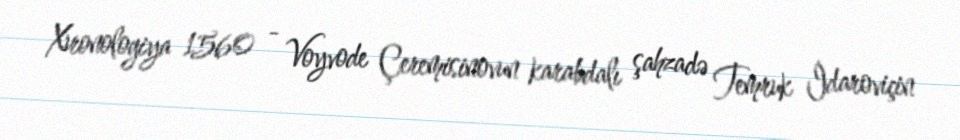
Xronologiya 1560 - Voyvode Çeremisinovun karabdalı şahzadə Temruk İdaroviçin